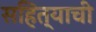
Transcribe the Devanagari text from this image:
सहित्याची